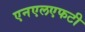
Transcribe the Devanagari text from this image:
एनएलएफटी